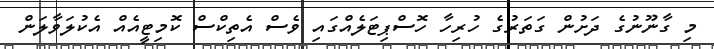
މި ގާނޫނުގެ ދަށުން ގަތަރުގެ ހުރިހާ ހޮސްޕިޓަލެއްގައި ވެސް އެތިކްސް ކޮމިޓީއެއް އެކުލަވާލަން